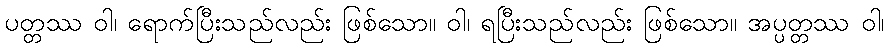
ပတ္တဿ ဝါ၊ ရောက်ပြီးသည်လည်း ဖြစ်သော။ ဝါ၊ ရပြီးသည်လည်း ဖြစ်သော။ အပ္ပတ္တဿ ဝါ၊